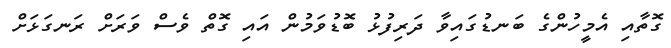
ގޮތާއި އެމީހުންގެ ބަނޑުގައިވާ ދަރިފުޅު ބޮޑުވަމުން އައި ގޮތް ވެސް ވަރަށް ރަނގަޅަށް